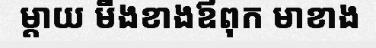
ម្តាយ មីងខាងឪពុក មាខាង